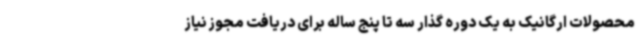
محصولات ارگانیک به یک دوره گذار سه تا پنج ساله برای دریافت مجوز نیاز